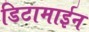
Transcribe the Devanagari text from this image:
डिटामाईन